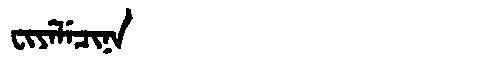
Manchu: ᠸᡳᠶᡝᠯᡝᠴᡳᠨᠠ
Romanization: FIYELECINA